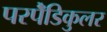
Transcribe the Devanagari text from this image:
परपेँडिकुलर